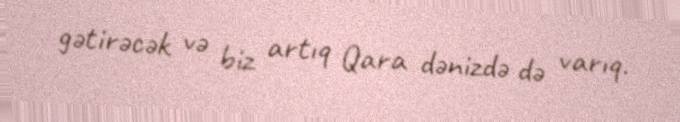
gətirəcək və biz artıq Qara dənizdə də varıq.